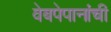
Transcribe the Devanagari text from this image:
वेबपेपानांची